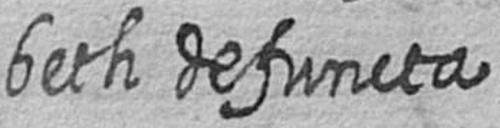
beth defuncta